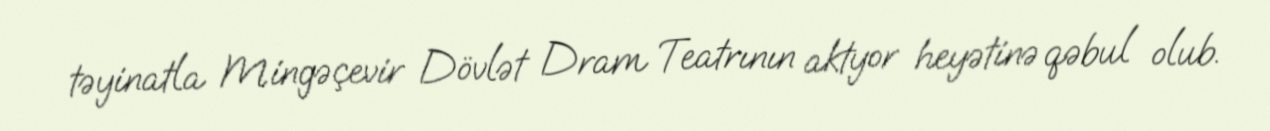
təyinatla Mingəçevir Dövlət Dram Teatrının aktyor heyətinə qəbul olub.